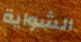
الشواية